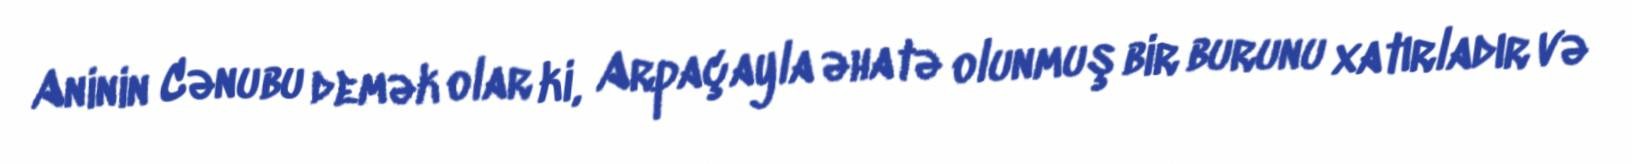
Aninin Cənubu demək olar ki, Arpaçayla əhatə olunmuş bir burunu xatırladır və